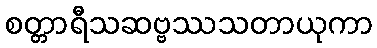
စတ္တာရီသဆဗ္ဗဿသတာယုကာ